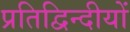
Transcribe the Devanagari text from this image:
प्रतिद्विन्दीयों